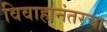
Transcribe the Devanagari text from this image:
विवाहानंतरचा